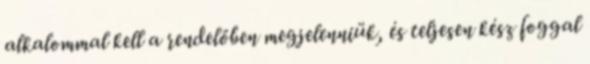
alkalommal kell a rendelőben megjelenniük, és teljesen kész foggal